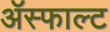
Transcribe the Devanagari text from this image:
ॲस्फाल्ट